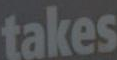
takes